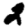
Digit: 2